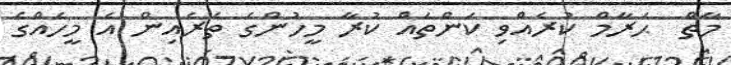
މާތް  ޙަރާމް ކުރެއްވި ކަންތައް ކުރާ މީހުންގެ ތެރެއިން އެ މީހެއްގެ